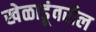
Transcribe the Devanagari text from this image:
खेळाडूंवरील